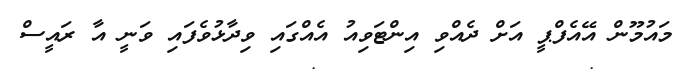
މައުމޫން އޭއެފްޕީ އަށް ދެއްވި އިންޓަވިއު އެއްގައި ވިދާޅުވެފައި ވަނީ އާ ރައީސް